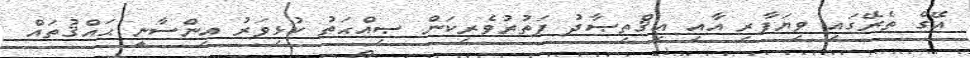
އޭގެ ތެރޭގައި ވިޔަފާރި އާއި އިޤްތިޞާދު ފަތުރުވެރިކަން ޞިއްޙަތު ކުޅިވަރު އިންސާނީ ޙައްޤުތައް